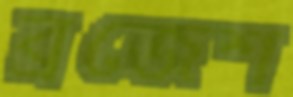
ব্রজেশ